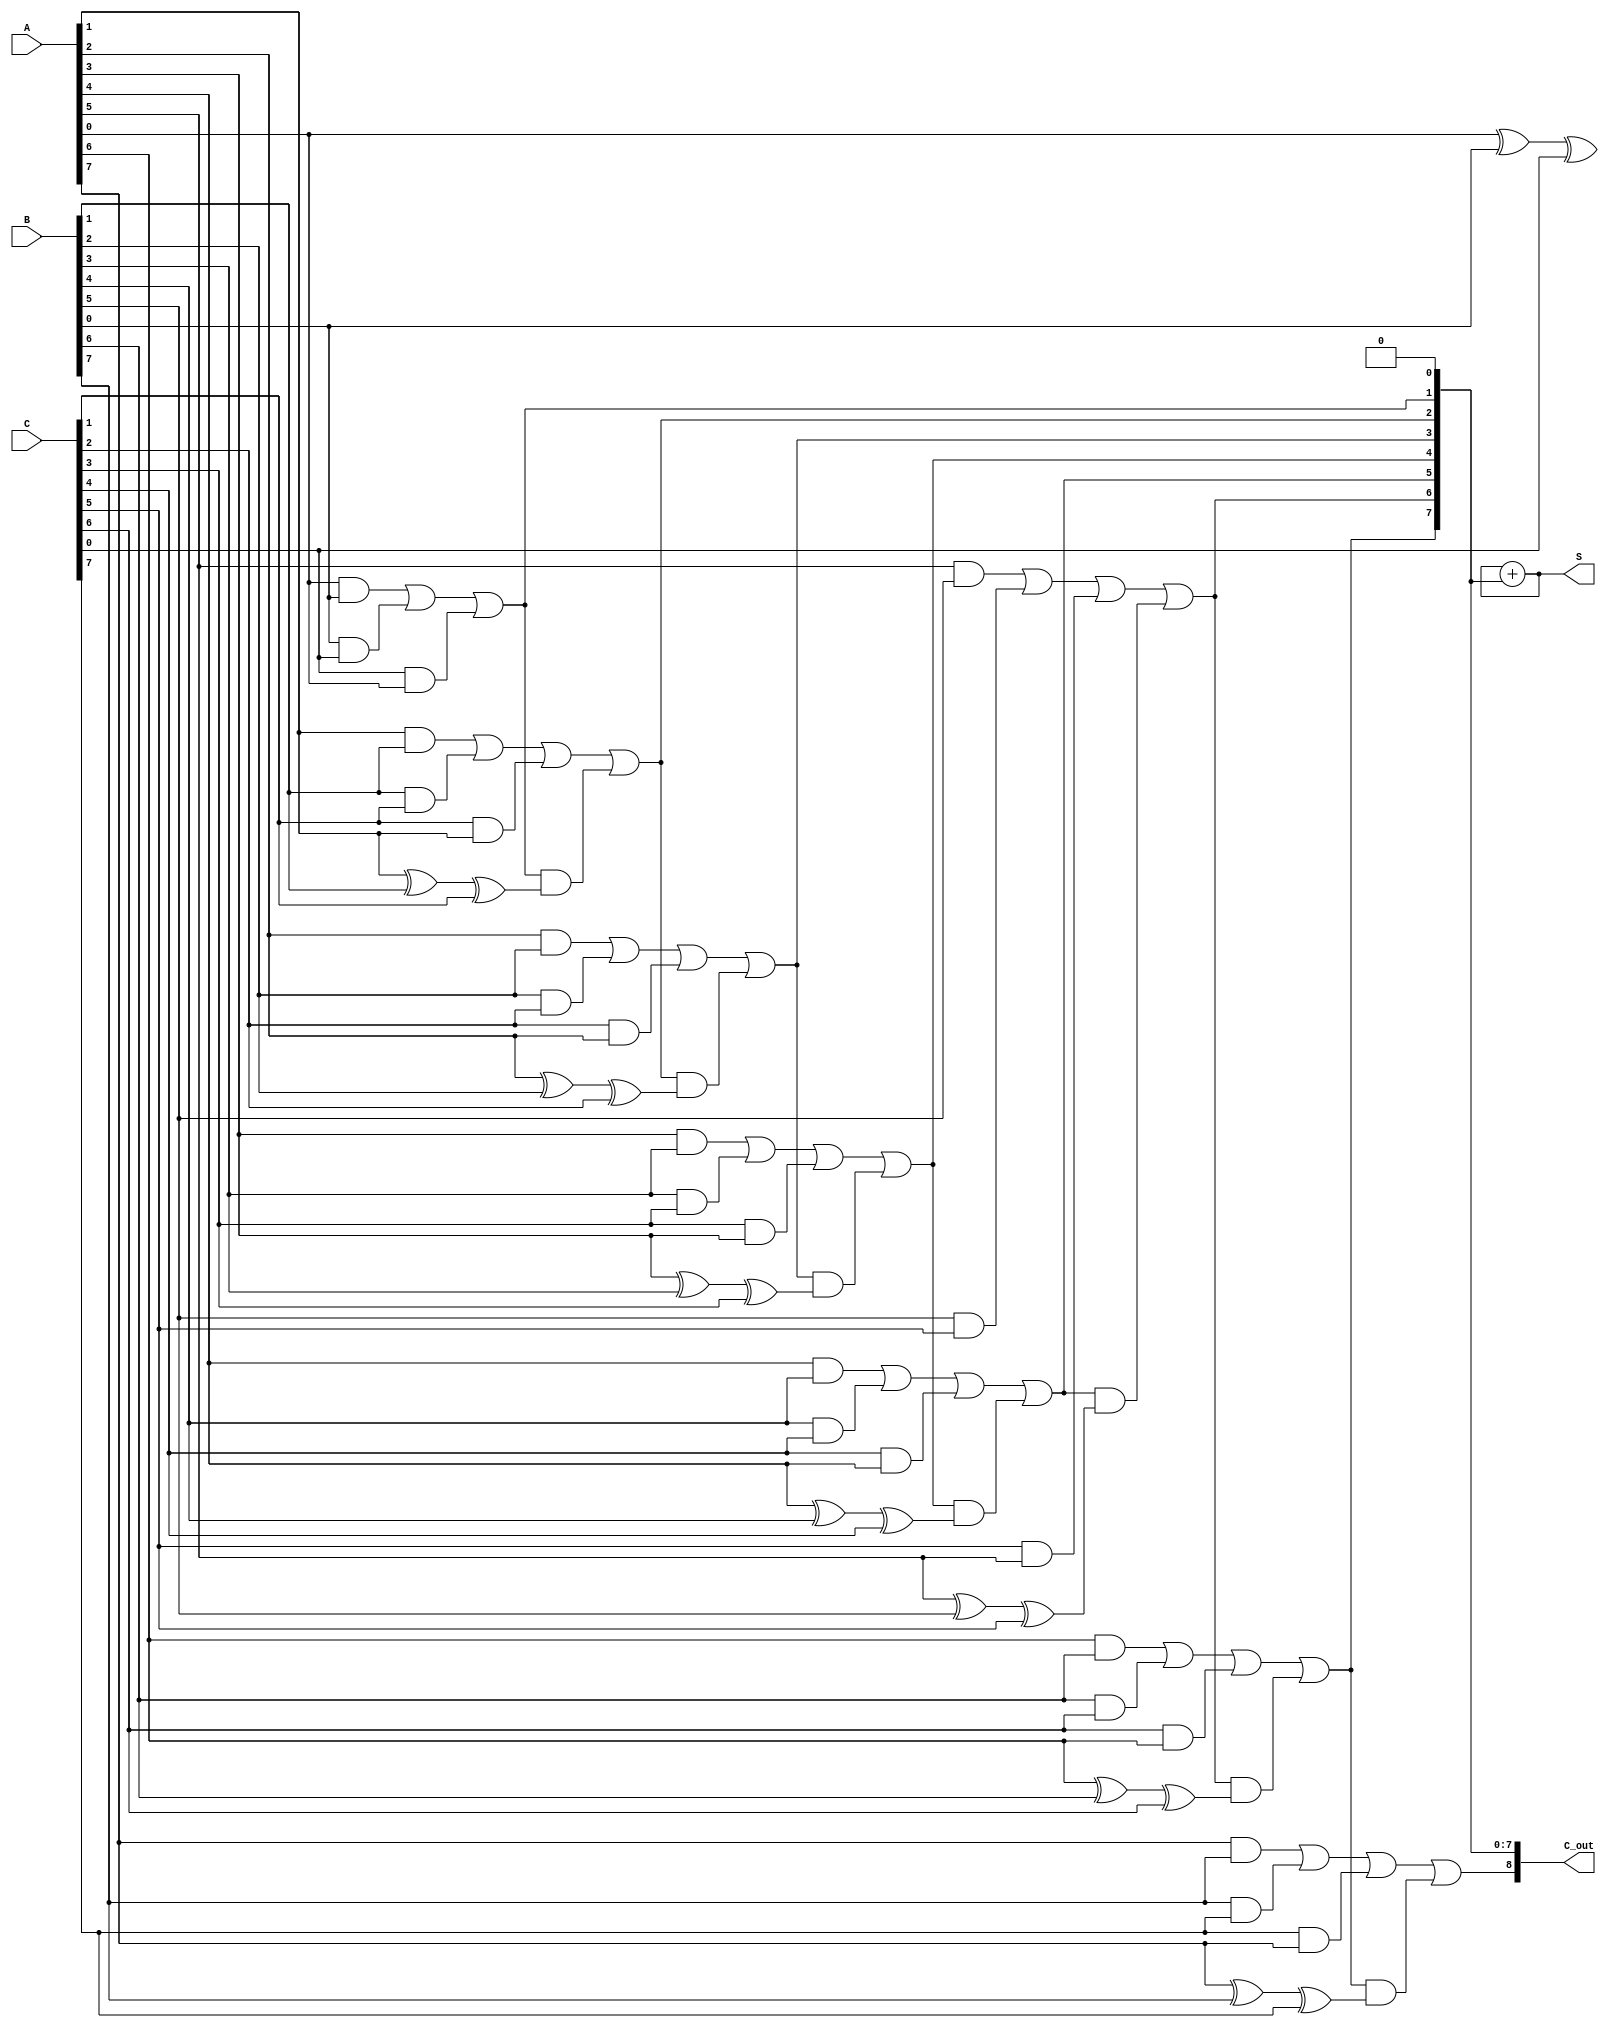
module carry_save_adder #(
    parameter N = 8 // Width of the inputs
)(
    input [N-1:0] A, // First input
    input [N-1:0] B, // Second input
    input [N-1:0] C, // Third input
    output [N-1:0] S, // Sum output
    output [N:0] C_out // Carry output (N+1 bits to accommodate carry)
);

    wire [N-1:0] carry; // Carry outputs from the Carry Save stage

    // Carry Save Stage
    genvar i;
    generate
        for (i = 0; i < N; i = i + 1) begin : carry_save_stage
            assign S[i] = A[i] ^ B[i] ^ C[i]; // Sum calculation
            assign carry[i] = (A[i] & B[i]) | (B[i] & C[i]) | (C[i] & A[i]); // Carry calculation
        end
    endgenerate

    // Carry Propagation Stage
    wire [N:0] final_carry; // Final carry output for propagation
    assign final_carry[0] = 0; // Initial carry is zero

    generate
        for (i = 0; i < N; i = i + 1) begin : carry_propagation_stage
            assign final_carry[i+1] = carry[i] | (final_carry[i] & S[i]); // Propagate carry
        end
    endgenerate

    // Final Sum Output
    assign C_out = final_carry; // Final carry output
    assign S = S + final_carry[N-1:0]; // Final sum calculation

endmodule